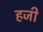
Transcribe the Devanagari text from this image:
हजी